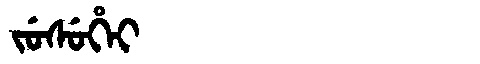
Manchu: ᠵᡠᠰᡠᡥᡝᡳ
Romanization: JUSUHEI